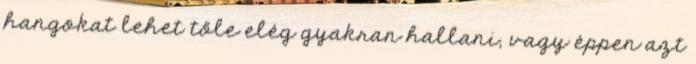
hangokat lehet tőle elég gyakran hallani, vagy éppen azt